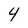
Character: 4